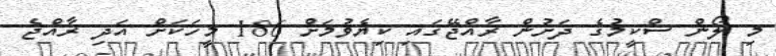
މި ލޯން ސްކީމުގެ ދަށުން ރާއްޖޭގައި ކިޔެވުމަށް 186 މީހަކަށް އަދި ރާއްޖެ